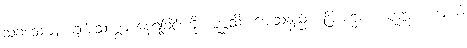
သုခသေယျံ၊ ချမ်းသာစွာ နေရခြင်းကို။ ပုစ္ဆသိ၊ မေးသနည်း။ ဗြာဟ္မဏ၊ ပုဏ္ဏား။ အယံ